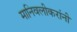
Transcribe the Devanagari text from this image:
मानिवलीकरांनी